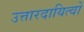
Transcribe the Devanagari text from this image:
उत्तारदायित्वों